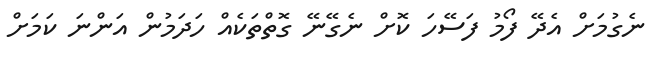
ނެގުމަށް އެދޭ ފޯމު ފަސޭހަ ކޮށް ނެގޭނޭ ގޮތްތަކެއް ހަދަމުން އަންނަ ކަމަށް